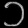
Digit: ၁